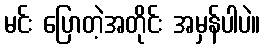
မင်း ပြောတဲ့အတိုင်း အမှန်ပါပဲ။